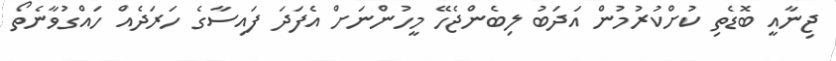
ޖިނާއީ ބޮޑެތި ކުށްކުރުމުން އަދަބު ލިބެންޖެހޭ މީހުންނަށް އެފަދަ ފައިސާގެ ހަރަދެއް ހައްގުވާނެތޯ